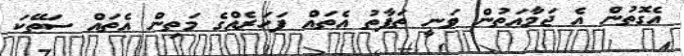
އެގޮތުން އެ ޖަމާއަތުން ވަނީ ތަފާތު އެތައް ފަހަރެއްގެ މަތިން އެތައް ސަތޭކަ